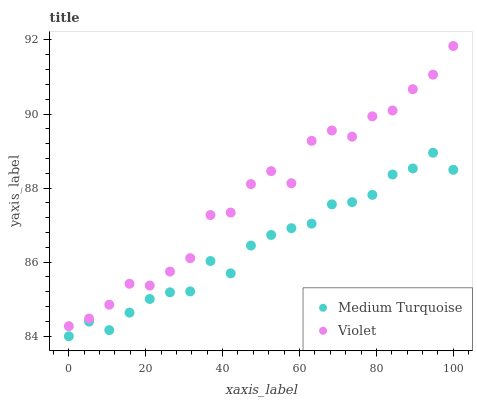
| xaxis_label | Medium Turquoise | Violet |
 | --- | --- | --- |
 | 0 | 84 | 84.3 |
 | 5.26 | 84.4 | 84.5 |
 | 10.5 | 84.2 | 84.9 |
 | 15.8 | 84.6 | 85.4 |
 | 21.1 | 85 | 85.4 |
 | 26.3 | 85.2 | 85.7 |
 | 31.6 | 85.2 | 86.1 |
 | 36.8 | 86 | 87.3 |
 | 42.1 | 85.7 | 87.3 |
 | 47.4 | 86.4 | 88.1 |
 | 52.6 | 86.7 | 88.5 |
 | 57.9 | 86.9 | 88.1 |
 | 63.2 | 87 | 89.3 |
 | 68.4 | 87.6 | 89.6 |
 | 73.7 | 87.6 | 89.4 |
 | 78.9 | 87.8 | 89.9 |
 | 84.2 | 88.4 | 90.1 |
 | 89.5 | 88.5 | 90.7 |
 | 94.7 | 89 | 91.1 |
 | 100 | 88.5 | 91.8 |